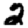
Digit: 2